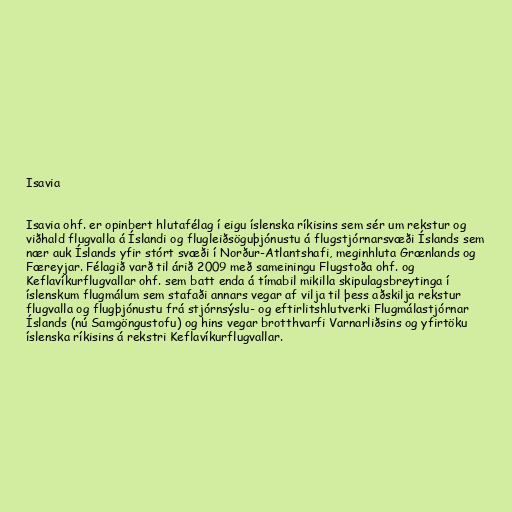
Isavia

Isavia ohf. er opinbert hlutafélag í eigu íslenska ríkisins sem sér um rekstur og
viðhald flugvalla á Íslandi og flugleiðsöguþjónustu á flugstjórnarsvæði Íslands sem
nær auk Íslands yfir stórt svæði í Norður-Atlantshafi, meginhluta Grænlands og
Færeyjar. Félagið varð til árið 2009 með sameiningu Flugstoða ohf. og
Keflavíkurflugvallar ohf. sem batt enda á tímabil mikilla skipulagsbreytinga í
íslenskum flugmálum sem stafaði annars vegar af vilja til þess aðskilja rekstur
flugvalla og flugþjónustu frá stjórnsýslu- og eftirlitshlutverki Flugmálastjórnar
Íslands (nú Samgöngustofu) og hins vegar brotthvarfi Varnarliðsins og yfirtöku
íslenska ríkisins á rekstri Keflavíkurflugvallar.